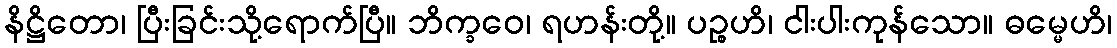
နိဋ္ဌိတော၊ ပြီးခြင်းသို့ရောက်ပြီ။ ဘိက္ခဝေ၊ ရဟန်းတို့။ ပဉ္စဟိ၊ ငါးပါးကုန်သော။ ဓမ္မေဟိ၊